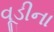
વૂડીના